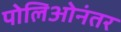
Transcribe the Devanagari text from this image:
पोलिओनंतर